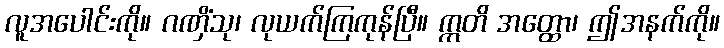
လူအပေါင်းကို။ ဂဏှိံသု၊ လုယက်ကြကုန်ပြီ။ ဣတိ အတ္ထော၊ ဤအနက်ကို။